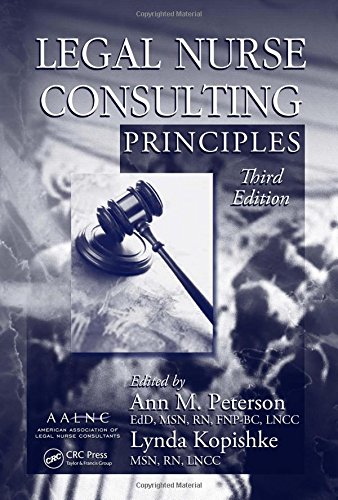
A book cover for Legal Nurse Consulting Principles, 3rd Edition; Medical Books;